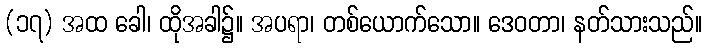
(၁၇) အထ ခေါ၊ ထိုအခါ၌။ အပရာ၊ တစ်ယောက်သော။ ဒေဝတာ၊ နတ်သားသည်။